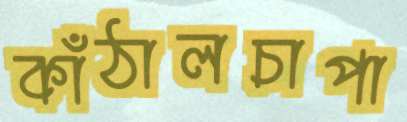
কাঁঠালচাপা